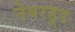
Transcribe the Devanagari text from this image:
नेबरहूड